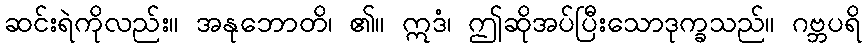
ဆင်းရဲကိုလည်း။ အနုဘောတိ၊ ၏။ ဣဒံ၊ ဤဆိုအပ်ပြီးသောဒုက္ခသည်။ ဂဗ္ဘပရိ